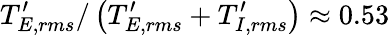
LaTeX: T_{E,rms}^{\prime}/\left(T_{E,rms}^{\prime}+T_{I,rms}^{\prime}\right)\approx 0.53